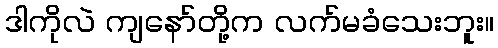
ဒါကိုလဲ ကျနော်တို့က လက်မခံသေးဘူး။